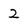
Character: 2